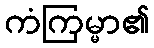
ကံကြမ္မာ၏